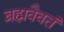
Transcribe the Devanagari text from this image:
ब्रह्मवैवतं